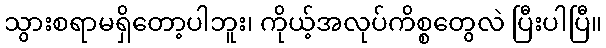
သွားစရာမရှိတော့ပါဘူး၊ ကိုယ့်အလုပ်ကိစ္စတွေလဲ ပြီးပါပြီ။